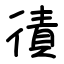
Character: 㣱